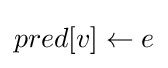
pred[v]\gets e